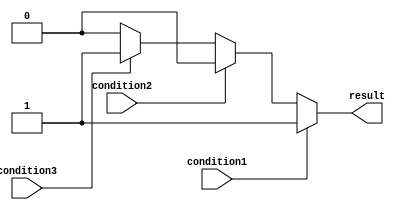
module if_else_ladder (
    input condition1,
    input condition2,
    input condition3,
    output reg result
);

always @* begin
    if (condition1) begin
        // Code block for condition1 being true
        result = 1;
    end
    else if (condition2) begin
        // Code block for condition2 being true
        result = 2;
    end
    else if (condition3) begin
        // Code block for condition3 being true
        result = 3;
    end
    else begin
        // Default code block
        result = 0;
    end
end

endmodule